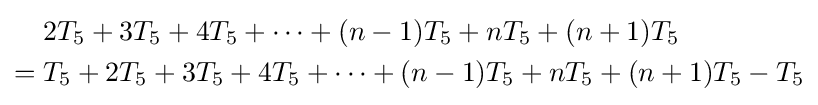
{\begin{aligned}&2T_{5}+3T_{5}+4T_{5}+\cdots +(n-1)T_{5}+nT_{5}+(n+1)T_{5}\\={}&T_{5}+2T_{5}+3T_{5}+4T_{5}+\cdots +(n-1)T_{5}+nT_{5}+(n+1)T_{5}-T_{5}\end{aligned}}